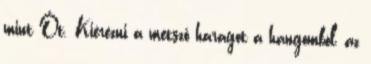
mint Őt. Kiérezni a metsző haragot a hangomból, az